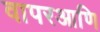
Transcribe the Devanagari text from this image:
वापरआणि